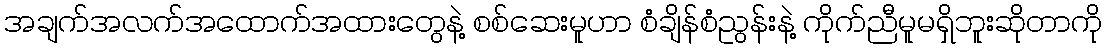
အချက်အလက်အထောက်အထားတွေနဲ့ စစ်ဆေးမူဟာ စံချိန်စံညွန်းနဲ့ ကိုက်ညီမူမရှိဘူးဆိုတာကို